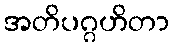
အတိပဂ္ဂဟိတာ